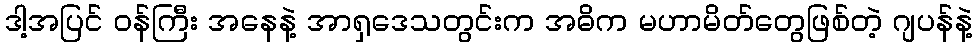
ဒါ့အပြင် ဝန်ကြီး အနေနဲ့ အာရှဒေသတွင်းက အဓိက မဟာမိတ်တွေဖြစ်တဲ့ ဂျပန်နဲ့